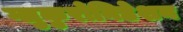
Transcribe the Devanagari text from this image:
ग्लुकुरोनिडेशन